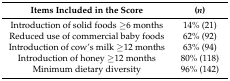
| Items Included in the Score | (n) |
 | --- | --- |
 | Introduction of solid foods ≥6 months | 14% (21) |
 | Reduced use of commercial baby foods | 62% (92) |
 | Introduction of cow’s milk ≥12 months | 63% (94) |
 | Introduction of honey ≥12 months | 80% (118) |
 | Minimum dietary diversity | 96% (142) |